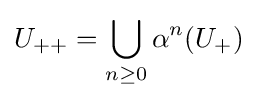
U_{++}=\bigcup _{n\geq 0}\alpha ^{n}(U_{+})